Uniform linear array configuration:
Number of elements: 24
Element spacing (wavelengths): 0.75
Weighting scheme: kaiser
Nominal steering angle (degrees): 15
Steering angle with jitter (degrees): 14.766
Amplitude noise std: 0.05
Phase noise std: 0.05

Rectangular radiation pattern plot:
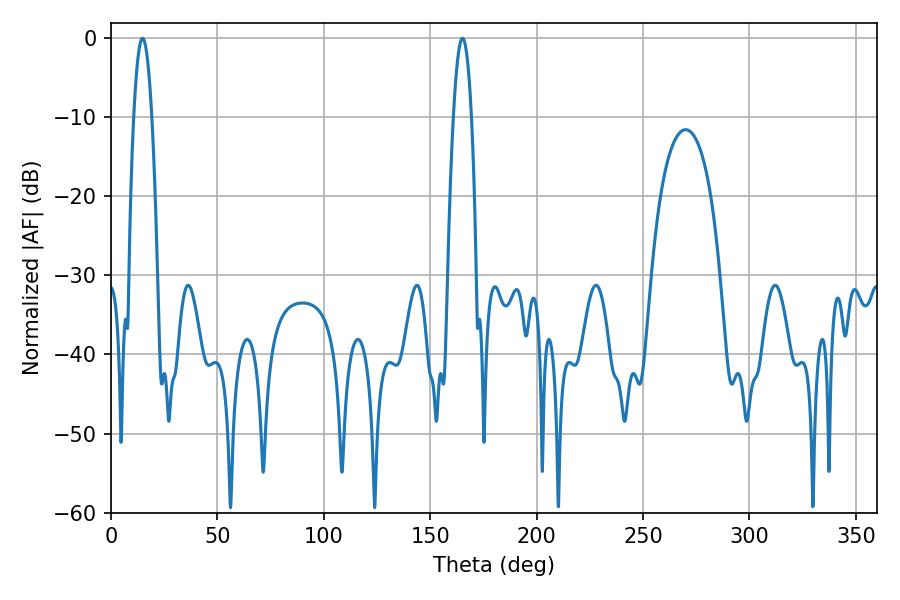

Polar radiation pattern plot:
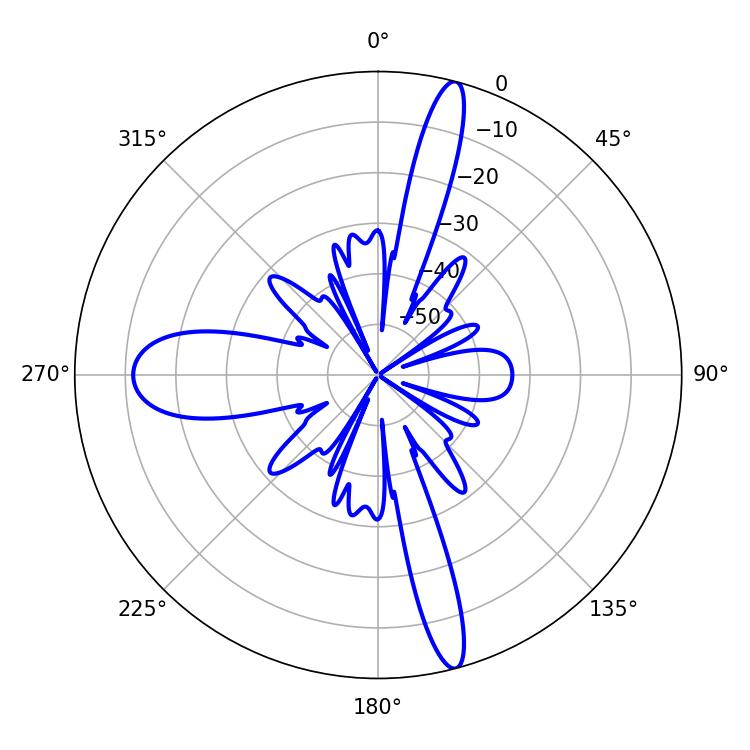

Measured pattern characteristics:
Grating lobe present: TRUE
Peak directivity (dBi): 18.739
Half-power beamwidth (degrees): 4.5
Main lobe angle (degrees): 165.24